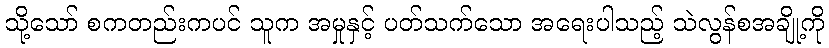
သို့သော် စကတည်းကပင် သူက အမှုနှင့် ပတ်သက်သော အရေးပါသည့် သဲလွန်စအချို့ကို